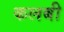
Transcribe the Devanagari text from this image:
कलबी